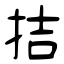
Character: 拮